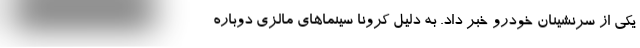
یکی از سرنشینان خودرو خبر داد. به دلیل کرونا سینماهای مالزی دوباره